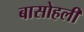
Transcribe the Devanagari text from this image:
बासोहली